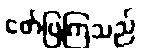
ဖော်ပြကြသည်